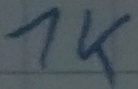
Text: 1K